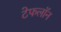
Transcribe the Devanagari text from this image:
टेफलॉन